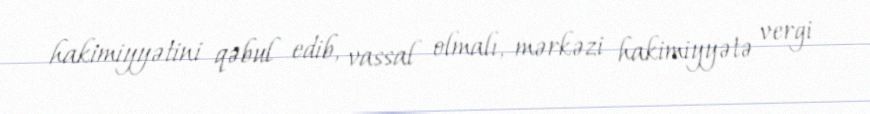
hakimiyyətini qəbul edib, vassal olmalı, mərkəzi hakimiyyətə vergi